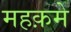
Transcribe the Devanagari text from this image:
महक़मे